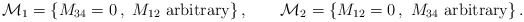
\begin{align*}{\cal M}_1=\{M_{34}=0\,, ~M_{12}\mbox{~arbitrary}\}\,,\qquad{\cal M}_2=\{M_{12}=0\,,~M_{34}\mbox{~arbitrary}\}\,.\end{align*}